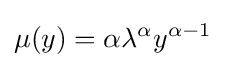
\mu (y)=\alpha \lambda ^{\alpha }y^{\alpha -1}